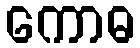
ကောဓ